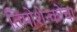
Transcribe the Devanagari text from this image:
तिमोशेन्कोचा